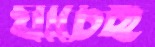
যাচেছ